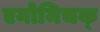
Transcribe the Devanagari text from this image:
एनोमिचक्